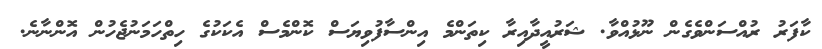
ކާފަރު ރުއްސަންވެގެން ނޫޅުއްވާ. ޝަރުއީދާއިރާ ކިތަންމެ އިންސާފުވިޔަސް ކޮންމެސް އެކަކުގެ ހިތްހަމަނުޖެހުން އޮންނާނެ.